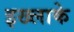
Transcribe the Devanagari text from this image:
इख्लाके